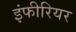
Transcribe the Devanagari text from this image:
इंफीरियर